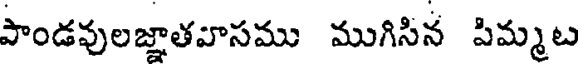
పాండవులజ్ఞాతవాసము ముగిసిన పిమ్మట